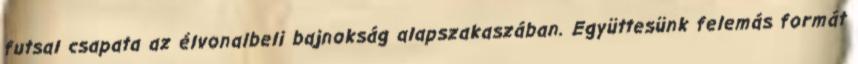
futsal csapata az élvonalbeli bajnokság alapszakaszában. Együttesünk felemás formát